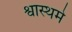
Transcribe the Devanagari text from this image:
श्वास्थमे